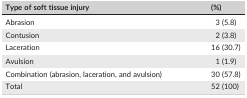
<table><thead><tr><td><b>Type of soft tissue injury</b></td><td><b>(%)</b></td></tr></thead><tbody><tr><td>Abrasion</td><td>3 (5.8)</td></tr><tr><td>Contusion</td><td>2 (3.8)</td></tr><tr><td>Laceration</td><td>16 (30.7)</td></tr><tr><td>Avulsion</td><td>1 (1.9)</td></tr><tr><td>Combination (abrasion, laceration, and avulsion)</td><td>30 (57.8)</td></tr><tr><td>Total</td><td>52 (100)</td></tr></tbody></table>